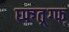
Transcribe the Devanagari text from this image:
घ्फ्ग्त्र्ग्फ्